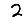
Digit: 2